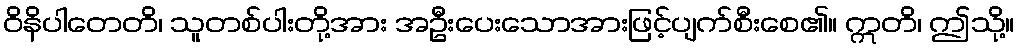
ဝိနိပါတေတိ၊ သူတစ်ပါးတို့အား အဦးပေးသောအားဖြင့်ပျက်စီးစေ၏။ ဣတိ၊ ဤသို့။